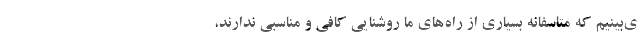
ی‌بینیم که متاسفانه بسیاری از راه‌های ما روشنایی کافی و مناسبی ندارند،